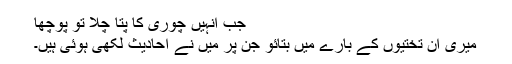
جب انہیں چوری کا پتا چلا تو پوچھا
میری ان تختیوں کے بارے میں بتائو جن پر میں نے احادیث لکھی ہوئی ہیں۔